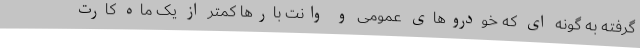
گرفته به گونه ای که خودروهای عمومی و وانت بارها کمتر از یک ماه کارت